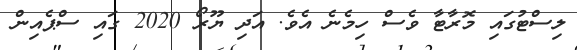
ލިސްޓުގައި މޮރާޓާ ވެސް ހިމެނެ އެވެ. އަދި ޔޫރޯ 2020 ގައި ސްޕެއިން